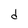
Character: d